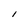
Character: l